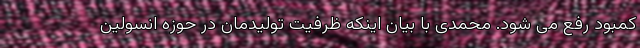
کمبود رفع می شود. محمدی با بیان اینکه ظرفیت تولیدمان در حوزه انسولین